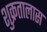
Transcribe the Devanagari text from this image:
शुक्रतालास